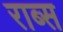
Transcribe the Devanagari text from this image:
राब्स